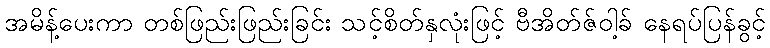
အမိန့်ပေးကာ တစ်ဖြည်းဖြည်းခြင်း သင့်စိတ်နှလုံးဖြင့် ဗီအိတ်ဇ်ဝါ့ခ် နေရပ်ပြန်ခွင့်